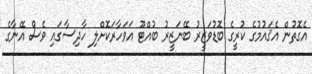
އެގޮތުން އެޤައުމުގެ ކުރީގެ ބޮޑުވަޒީރު ބޭނަޒީރު ބުއްޓޫ އަވަހާރަކޮށްލި ހާދިސާގައި ވެސް އޭނާގެ